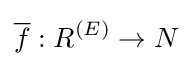
{\overline {f}}:R^{(E)}\to N